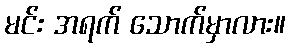
မင်း အရက် သောက်မှာလား။